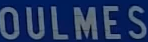
OULMES